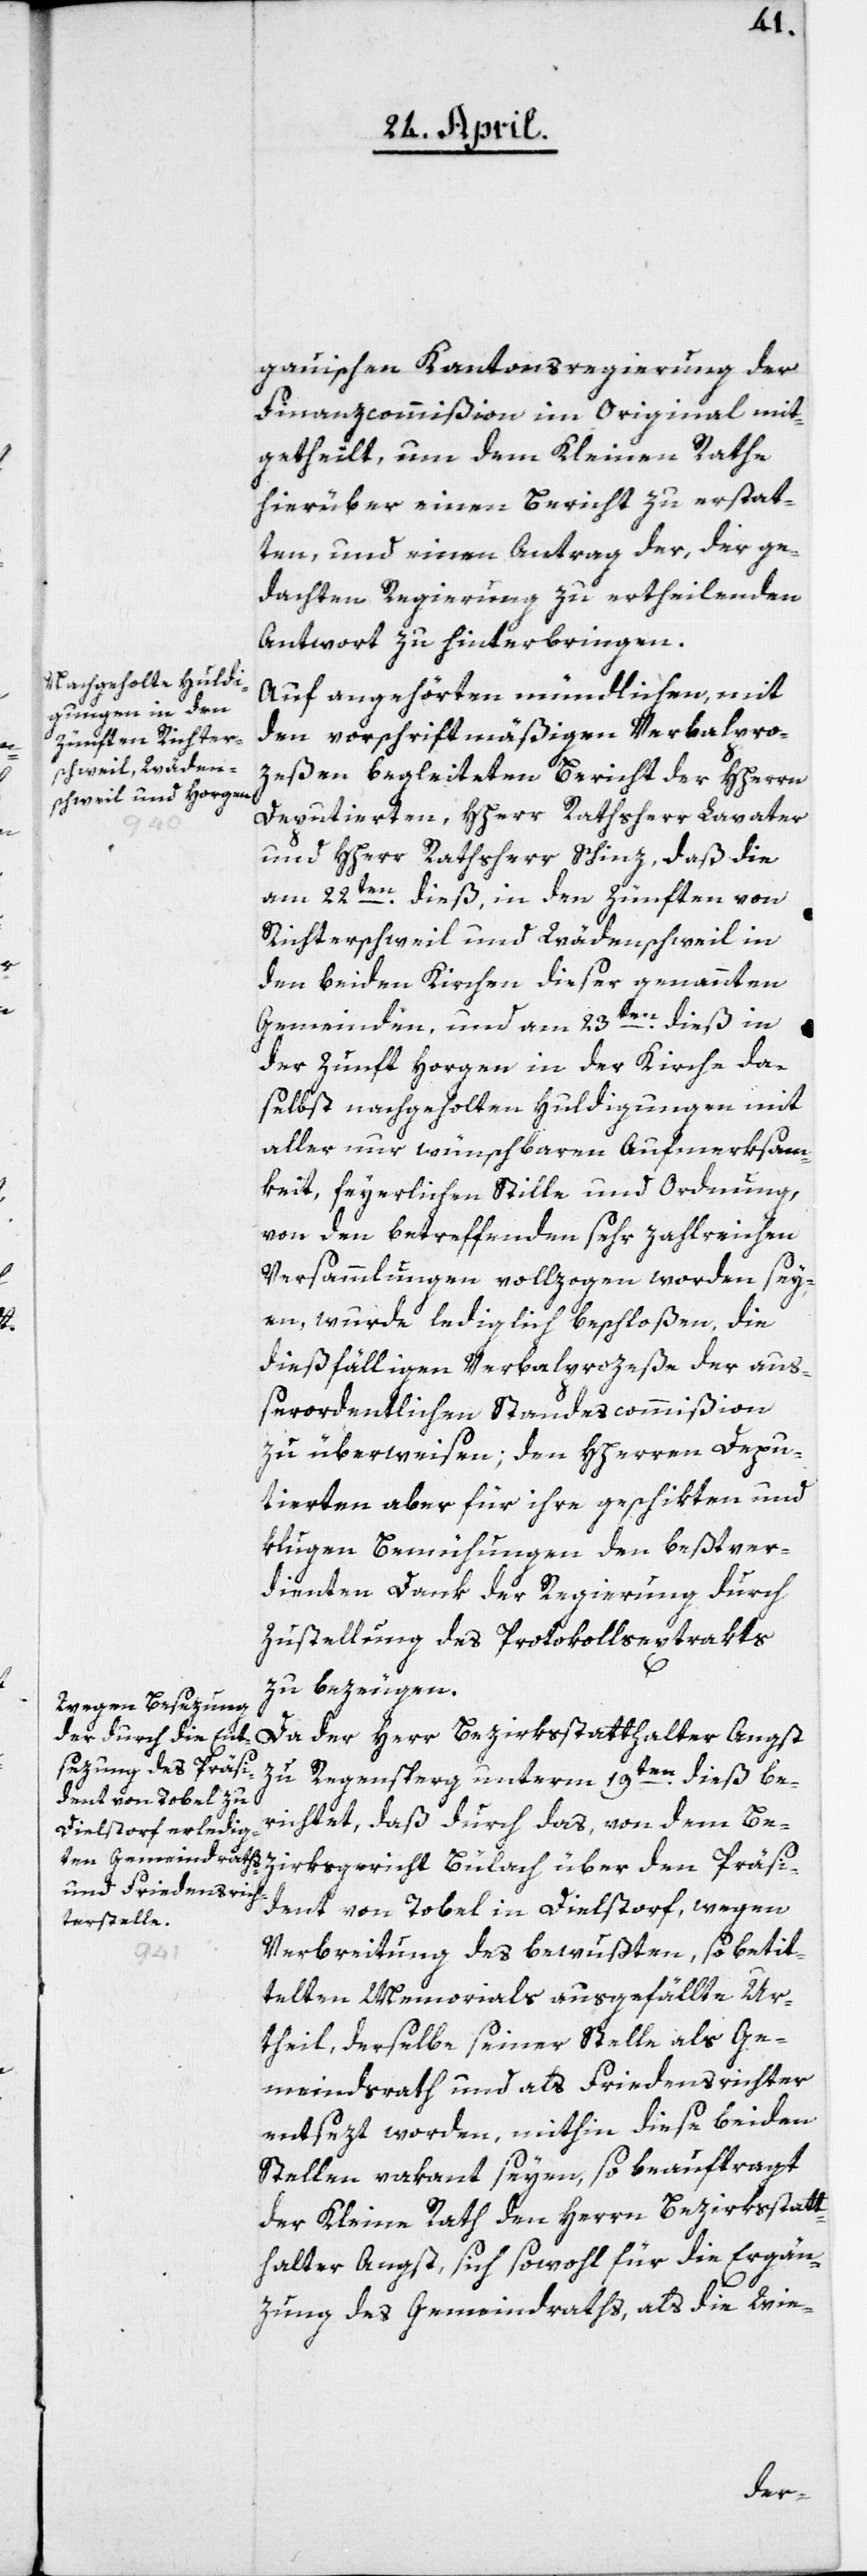
gauischen Kantonsregierung der
Finanzcommißion im Original mit¬
getheilt, um dem Kleinen Rathe
hierüber einen Bericht zu erstat¬
ten, und einen Antrag der, der ge¬
dachten Regierung zu ertheilenden
Antwort zu hinterbringen.
Auf angehörten mündlichen, mit
den vorschriftsmäßigen Verbalpro¬
zeßen begleiteten Bericht der HHerrn
Deputierten, Hherr Rathsherr Lavater
und Hherr Rathsherr Schinz, daß die
am 22ten dieß, in den Zünften von
Richterschweil und Wädenschweil in
den beiden Kirchen dieser genannten
Gemeinden, und am 23ten dieß in
der Zunft Horgen in der Kirche da¬
selbst nachgeholten Huldigungen mit
aller nur wünschbaren Aufmerksam¬
keit, feyerlichen Stille und Ordnung,
von den betreffenden sehr zahlreichen
Versammlungen vollzogen worden sey¬
en, wurde lediglich beschloßen, die
dießfälligen Verbalprozeße der auß¬
erordentlichen Standescommißion
zu überweisen, den HHerren Depu¬
tierten aber für ihre geschikten und
klugen Bemühungen den bestver¬
dienten Dank der Regierung durch
Zustellung des Protokollsxxtrakts
zu bezeugen.
Da der Herr Bezirksstatthalter Angst
zu Regensperg unterm 19ten dieß be¬
richtet, daß durch das, von dem Be¬
zirksgericht Bülach über den Präsi¬
dent von Tobel in Dielstorf, wegen
Verbreitung des bewußten, so beti¬
telten Memorials ausgefällte Ur¬
theil, derselbe seiner Stelle als Ge¬
meindsrath und als Friedensrichter
entsezt worden, mithin diese beiden
Stellen vakant seyen, so beauftragt
der Kleine Rath den Herrn Bezirksstatt¬
halter Angst, sich sowohl für die Ergän¬
zung des Gemeindraths als die Wie-